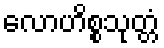
လောဟိစ္စသုတ္တံ